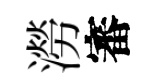
澇審